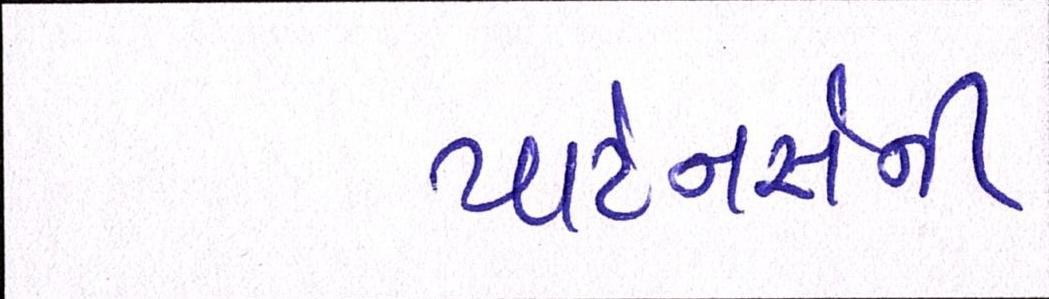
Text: પાર્ટનર્સની